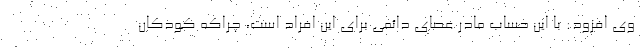
وی افزود: با این حساب مادر عصای دائمی برای این افراد است، چراکه کودکان